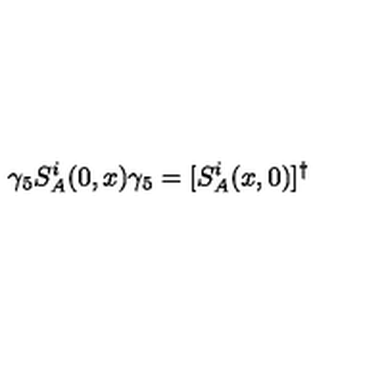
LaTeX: \gamma _ { 5 } S _ { A } ^ { i } ( 0 , x ) \gamma _ { 5 } = [ S _ { A } ^ { i } ( x , 0 ) ] ^ { \dagger }